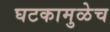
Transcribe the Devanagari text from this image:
घटकामुळेच